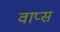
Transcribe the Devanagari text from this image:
वाप्स